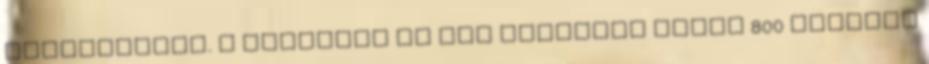
távolságból. A kaotikus és vad küzdelem során 800 méterre